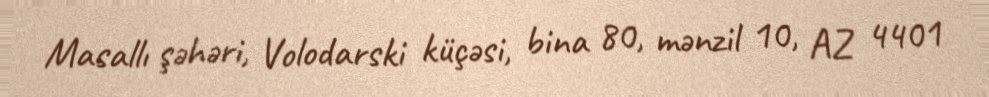
Masallı şəhəri, Volodarski küçəsi, bina 80, mənzil 10, AZ 4401